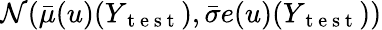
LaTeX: \mathcal{N}(\bar{\mu}(u)(Y_{\mathrm{~t~e~s~t~}}),\bar{\sigma}e(u)(Y_{\mathrm{~t~e~s~t~}}))